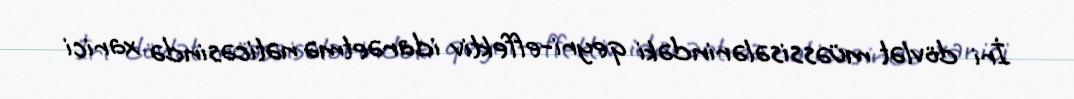
İri dövlət müəssisələrindəki qeyri-effektiv idarəetmə nəticəsində xarici